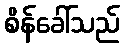
စိန်ခေါ်သည်